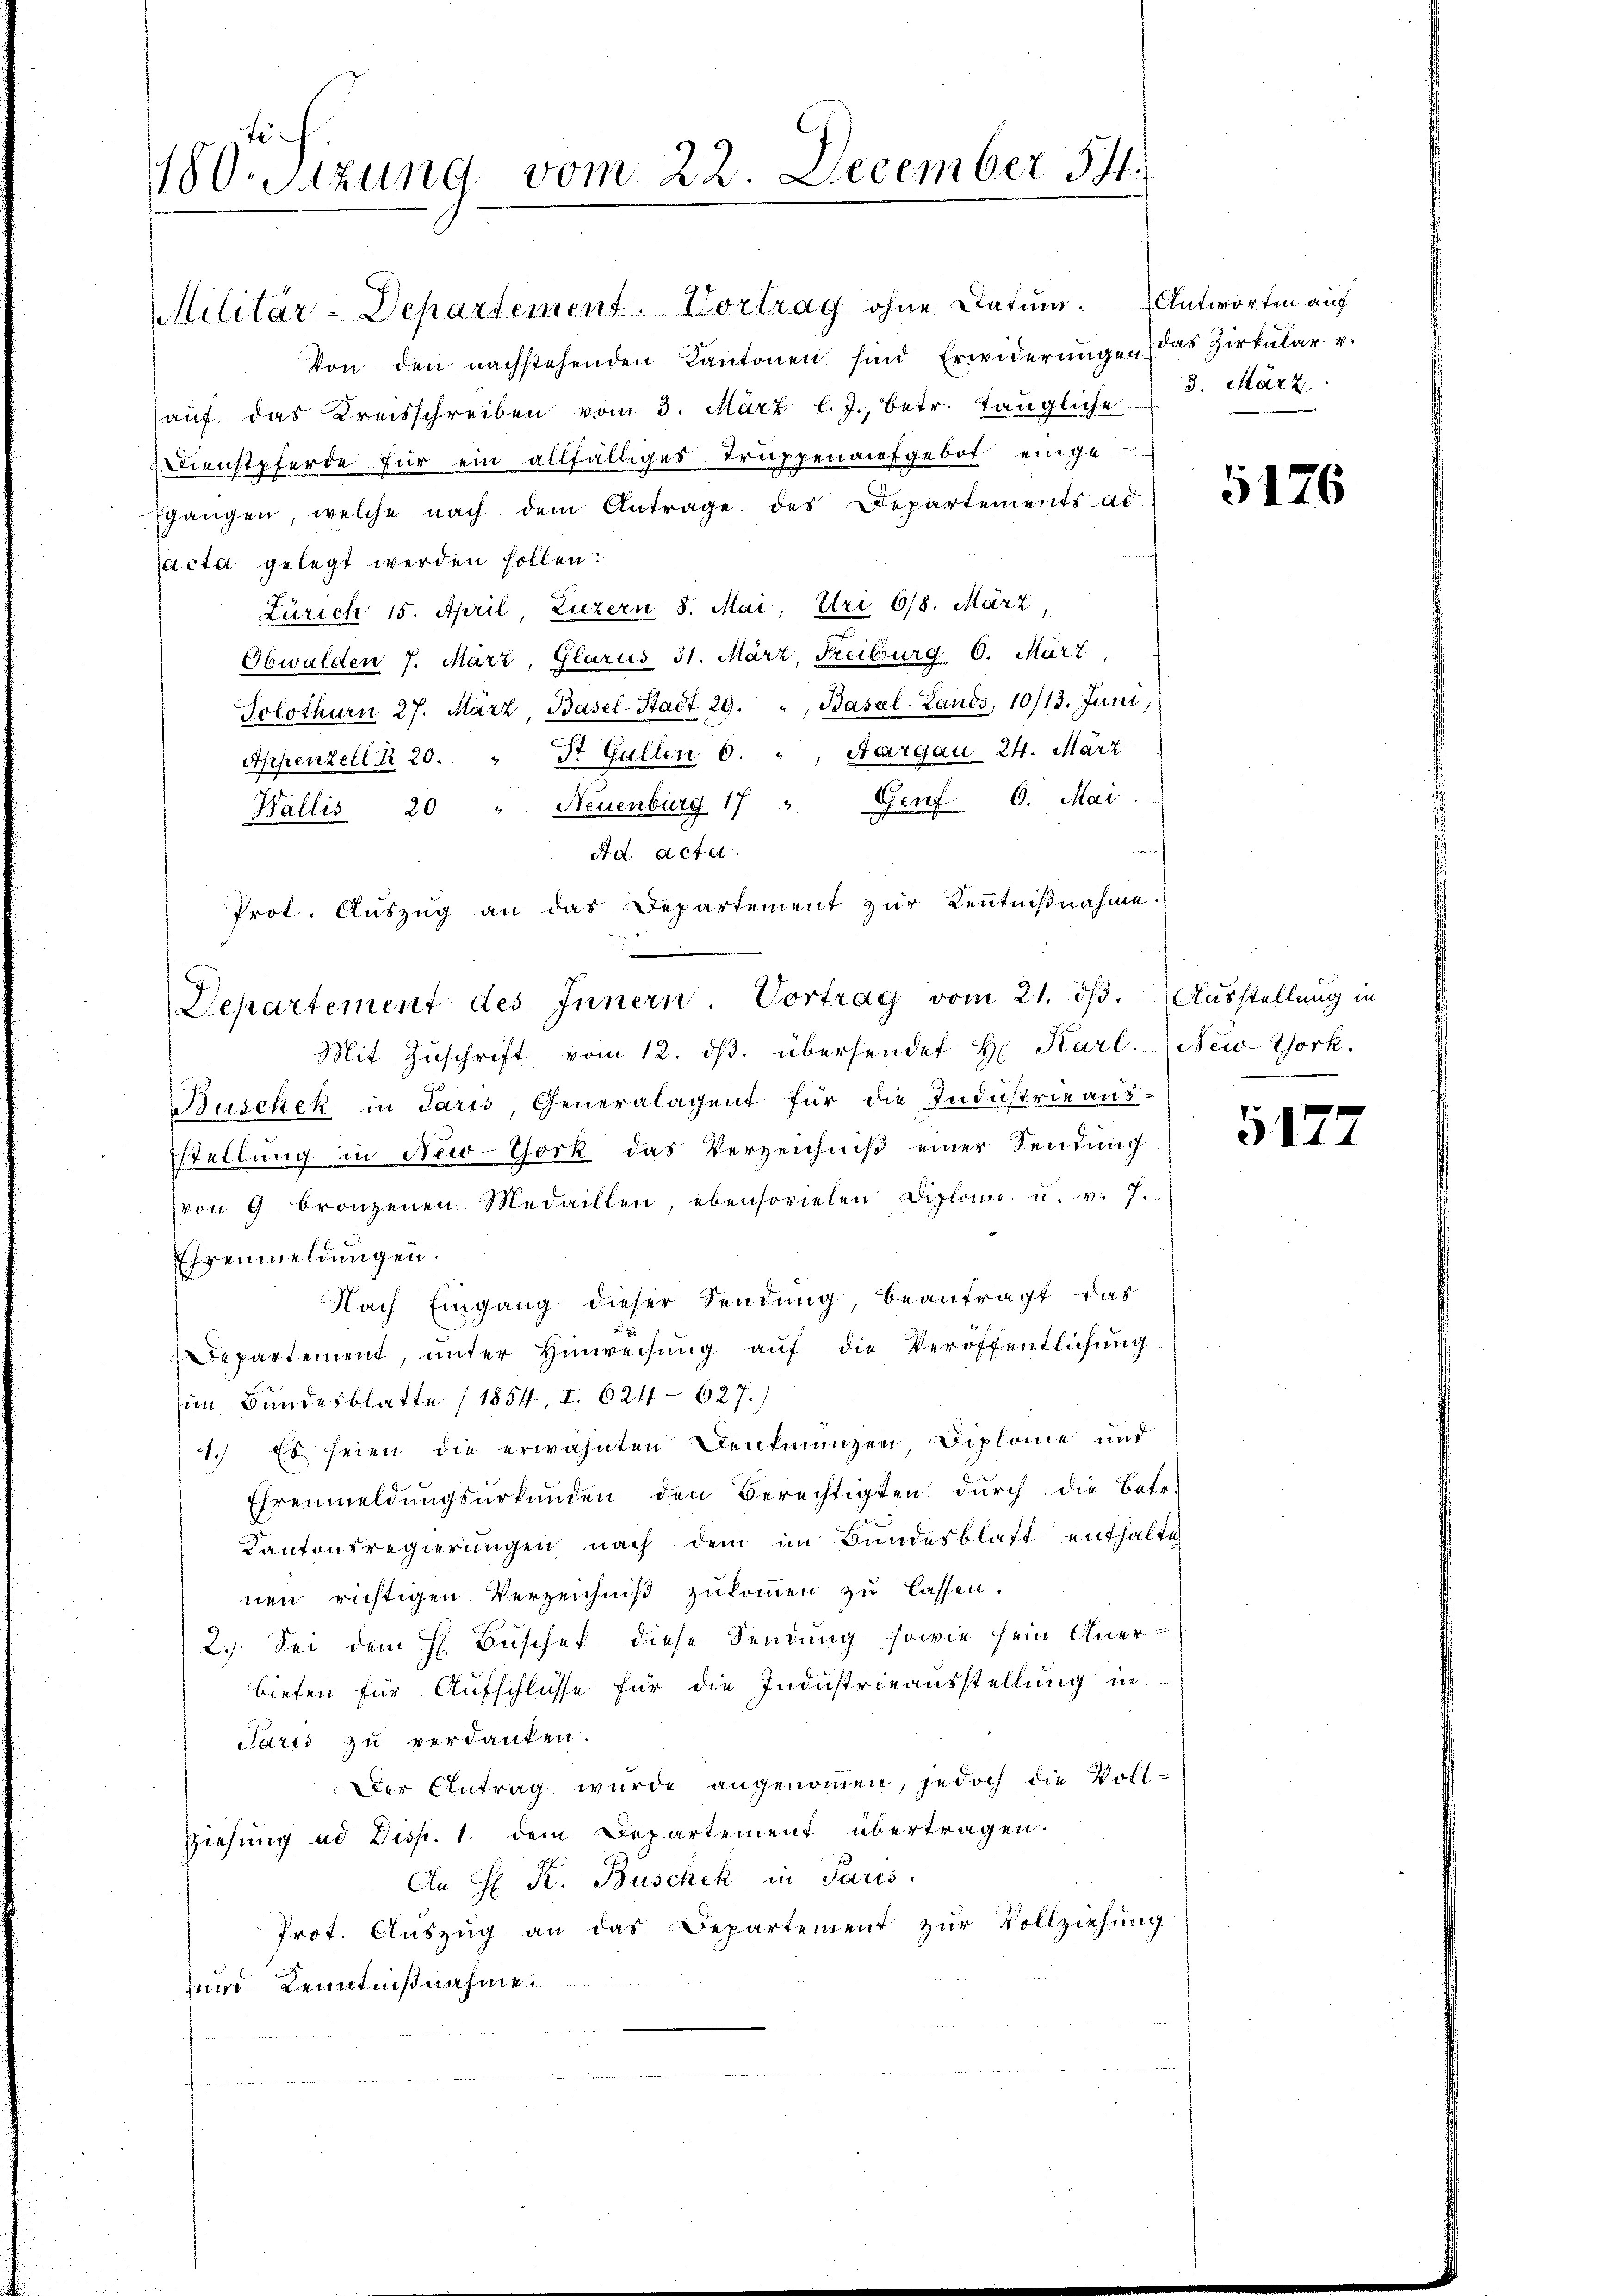
180. Sitzung vom 22. December 541.

Militär-Departement. Vortrag ohne Datum. Antworten auf
Von den nachstehenden Kantonen sind Erwiderungen das Zirkular v.
aŭf das Kreisschreiben vom 3. März l. J., betr. tängliche
Dienstpferde für ein allfälliges Truppenaufgebot eingegangen, welche nach dem Antrage des Departements ad
jacta gelegt werden sollen:
Zürich 15. April, Luzern 8. Mai, Uri 6/8. März
Obwalden 7. März, Glarus 31. März, Freiburg 6. März,
Solothurn 27. März, Basel-Stadt 29. " Basel-Lands, 10/13. Juni,
Appenzell Z 20. " St. Gallen 6. " Aargau 24. März
Wallis 20 " Neuenburg 17 " Genf 6. Mai.
Ad Acta.
Prot. Aŭszŭg an das Departement zur Kenntnißnahme.
Mit Zŭschrift vom 12. dβ. übersendet H. Karl. (New-York.
Buschek in Paris Generalagent für die Industrie aus:
stellung in New-York das Verzeichniß einer Sendung
von 9 bronzenen Medaillen, ebensovielen Diplome u. v. J.
Ehrenmeldungen.
Nach Eingang dieser Sendung, beantragt das
epartement, ŭnter Hinweisŭng aŭf die Veröffentlichung
im Bundesblatte (1854, I. 624 - 627.)
1.) Es seien die erwähnten Denkmanzen Diplome und
Ehrenmeldungsurkunden den Berechtigten durch die Betr.
Kantonsregierungen nach dem im Bundesblatt enthalte
nen richtigen Verzeichniß zukommen zu lassen.
2.) Sei dem H Büschek diese Sendung sowie sein Aner-
bieten für Aufschlüsse für die Industrieausstellung in
Paris zu verdanken.
Der Antrag wurde angenommen, jedoch die Voll-
Ziehung ad Disp. 1. dem Departement übertragen.
Cn C. R. Buschek in Paris
Prot. Aŭszŭg an das Departement zŭr Vollziehŭng
zum Kenntnißnahme.
an

Departement des Innern Vortrag vom 21. dβ. Ausstellung in

3. März

5176

5177